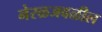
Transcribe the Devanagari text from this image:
नेरळजवळील